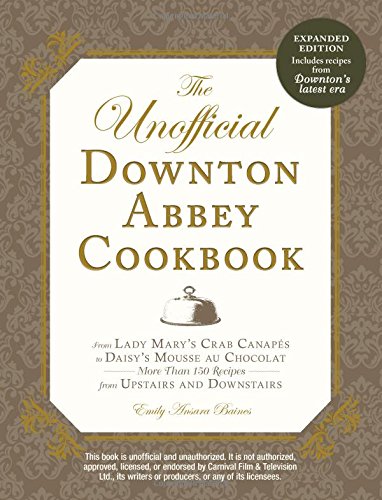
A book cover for The Unofficial Downton Abbey Cookbook, Revised Edition: From Lady Mary's Crab Canapes to Daisy's Mousse au Chocolat--More Than 150 Recipes from Upstairs and Downstairs (Unofficial Cookbook); Emily Ansara Baines; Cookbooks, Food & Wine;